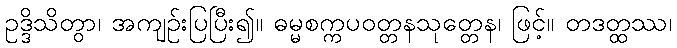
ဥဒ္ဒိသိတွာ၊ အကျဉ်းပြပြီး၍။ ဓမ္မစက္ကပဝတ္တနသုတ္တေန၊ ဖြင့်။ တဒတ္ထဿ၊